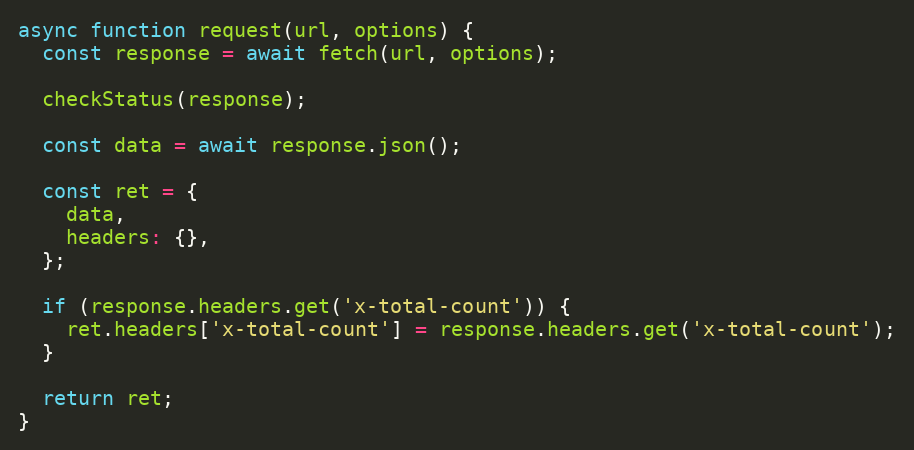
Language: JavaScript
async function request(url, options) {
  const response = await fetch(url, options);

  checkStatus(response);

  const data = await response.json();

  const ret = {
    data,
    headers: {},
  };

  if (response.headers.get('x-total-count')) {
    ret.headers['x-total-count'] = response.headers.get('x-total-count');
  }

  return ret;
}